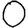
Digit: 0